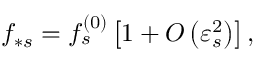
f _ { \ast s } = f _ { s } ^ { \left( 0 \right) } \left[ 1 + O \left( \varepsilon _ { s } ^ { 2 } \right) \right] ,